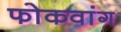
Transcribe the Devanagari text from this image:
फोकवांग